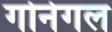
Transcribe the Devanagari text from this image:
गोनेगल